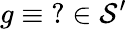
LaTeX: g\equiv\operatorname{\mathrm{?}}\in{\mathcal{S}}^{\prime}